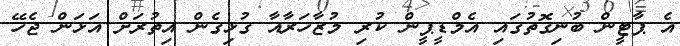
އެ ޕާޓީން ބުނިގޮތުގައި އެމްޑީޕީން ކުރި މުޒާހަރާއާ ގުޅިގެން އިތުރަށް އަޅަން ޖެހޭ